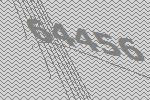
64456